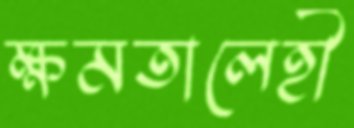
ক্ষমতালেহী